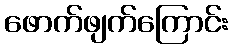
ဖောက်ဖျက်ကြောင်း